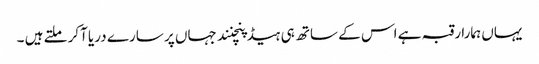
یہاں ہمارا رقبہ ہے اس کے ساتھ ہی ہیڈ پنچنند جہاں پر سارے دریا آکر ملتے ہیں ۔